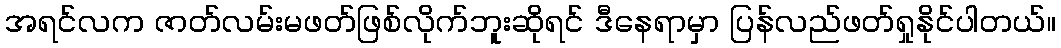
အရင်လက ဇာတ်လမ်းမဖတ်ဖြစ်လိုက်ဘူးဆိုရင် ဒီနေရာမှာ ပြန်လည်ဖတ်ရှုနိုင်ပါတယ်။